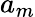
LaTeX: a_{m}